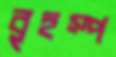
বৃহস্প